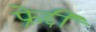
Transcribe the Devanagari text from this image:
फ्रेद्दी